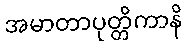
အမာတာပုတ္တိကာနိ